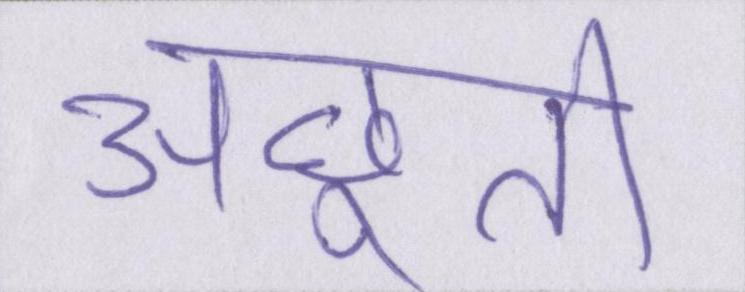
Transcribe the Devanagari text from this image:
अछूती